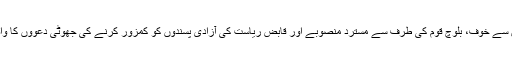
جو سرمچاروں سے خوف، بلوچ قوم کی طرف سے مسترد منصوبے اور قابض ریاست کی آزادی پسندوں کو کمزور کرنے کی جھوٹی دعووں کا واضح ثبوت ہے۔